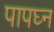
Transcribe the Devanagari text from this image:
पापघ्न